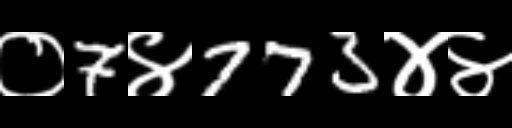
Text: ०7४773४४